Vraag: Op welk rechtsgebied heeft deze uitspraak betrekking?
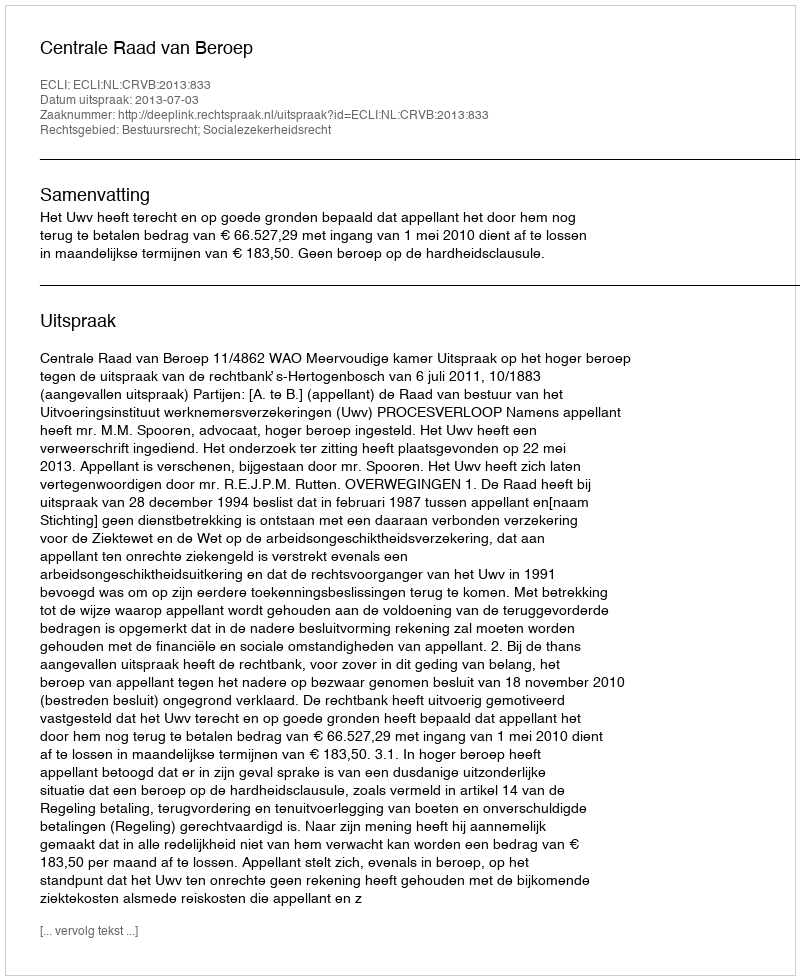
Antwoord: Bestuursrecht; Socialezekerheidsrecht